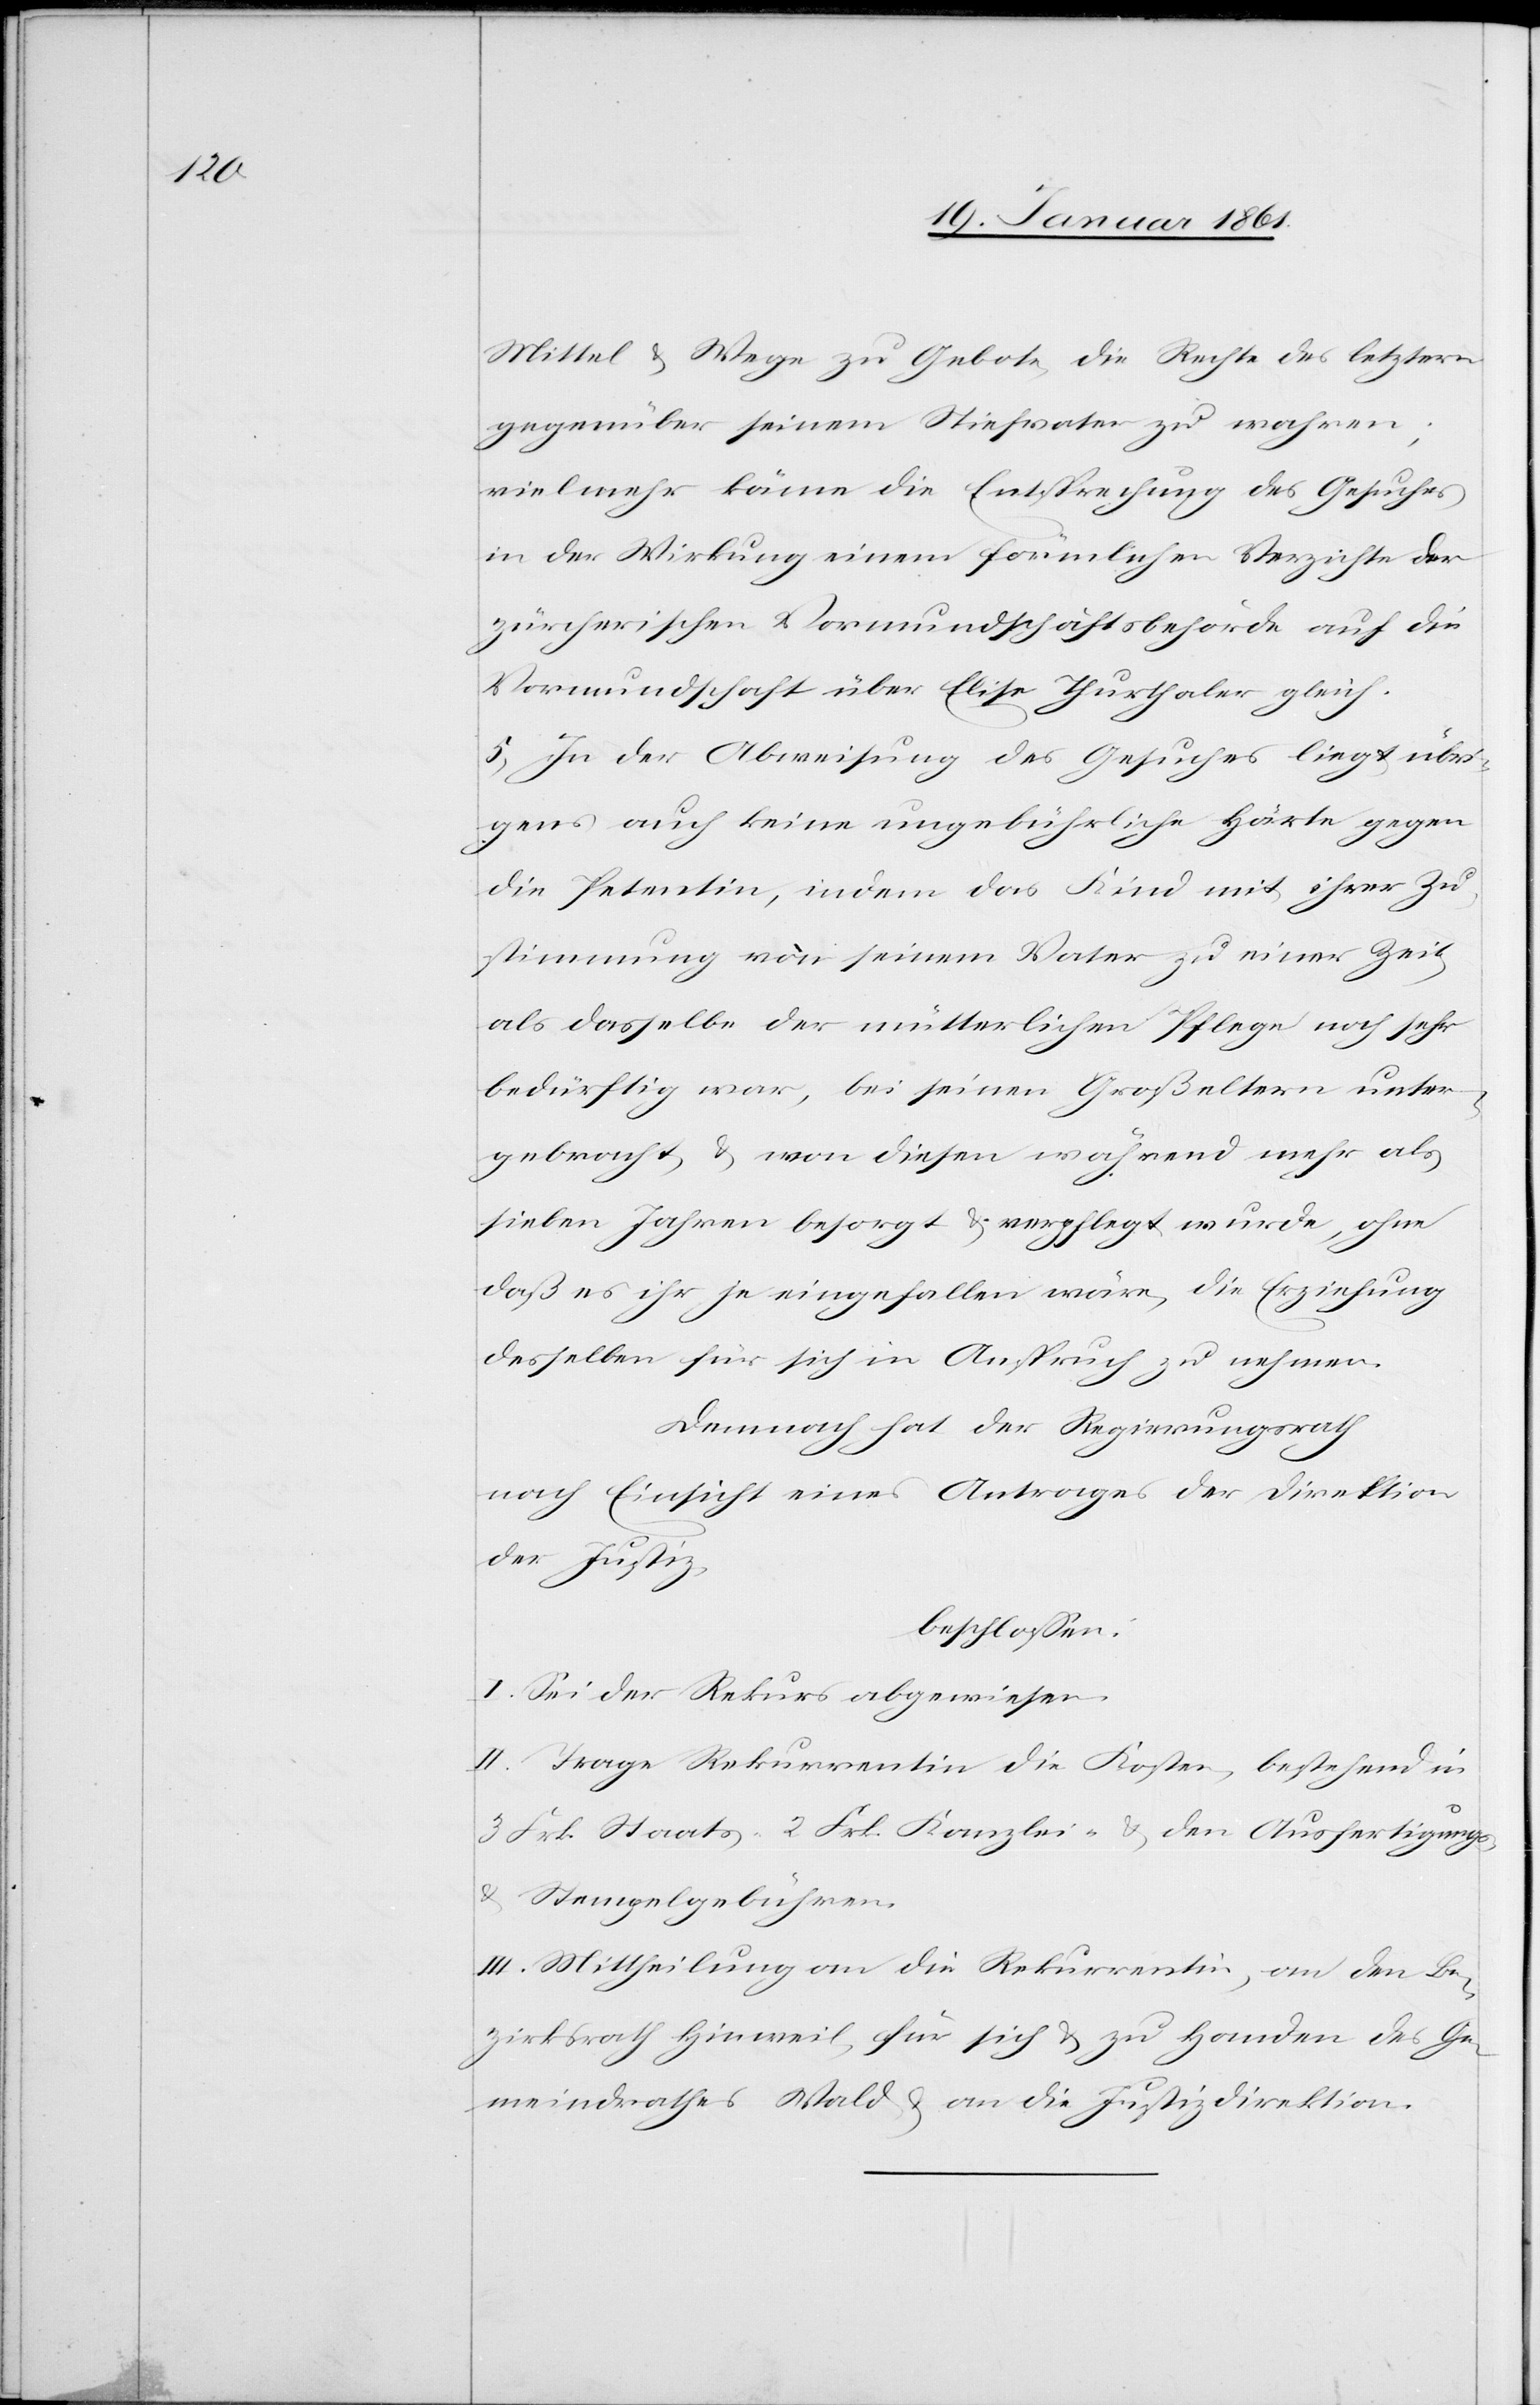
Mittel u. Wege zu Gebote, die Rechte des letztern
gegenüber seinem Stiefvater zu wahren;
vielmehr käme die Entsprechung des Gesuches
in der Wirkung einem förmlichen Verzichte der
zürcherischen Vormundschaftsbehörde auf die
Vormundschaft über Elise Thurthaler gleich.
5) In der Abweisung des Gesuches liegt übri¬
gens auch keine ungebührliche Härte gegen
die Petentin, indem das Kind mit ihrer Zu¬
stimmung von seinem Vater zu einer Zeit
als dasselbe der mütterlichen Pflege nach sehr
bedürftig war, bei seinen Großeltern unter¬
gebracht u. von diesen während mehr als
sieben Jahren besorgt u. verpflegt wurde, ohne
daß es ihr je eingefallen wäre, die Erziehung
desselben für sich in Anspruch zu nehmen.
Demnach hat der Regierungsrath
nach Einsicht eines Antrages der Direktion
der Justiz
beschlossen:
I. Sei der Rekurs abgewiesen.
II. Trage Rekurrentin die Kosten, bestehend in
3 Frk. Staats-[,] 2 Frk. Kanzlei[-] u. den Ausfertigungs-
u. Stempelgebühren.
III. Mittheilung an die Rekurrentin, an den Be¬
zirksrath Hinweil für sich u. zu Handen des Ge¬
meindrathes Wald u. an die Justizdirektion.